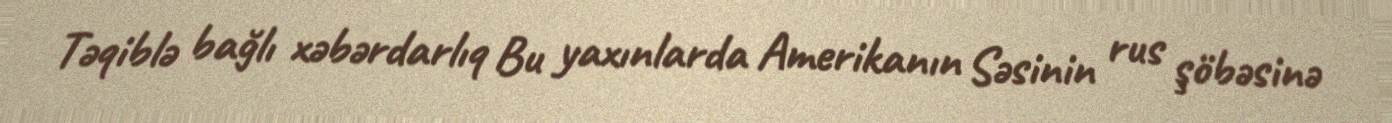
Təqiblə bağlı xəbərdarlıq Bu yaxınlarda Amerikanın Səsinin rus şöbəsinə